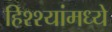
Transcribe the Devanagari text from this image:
हिश्श्यांमध्ये